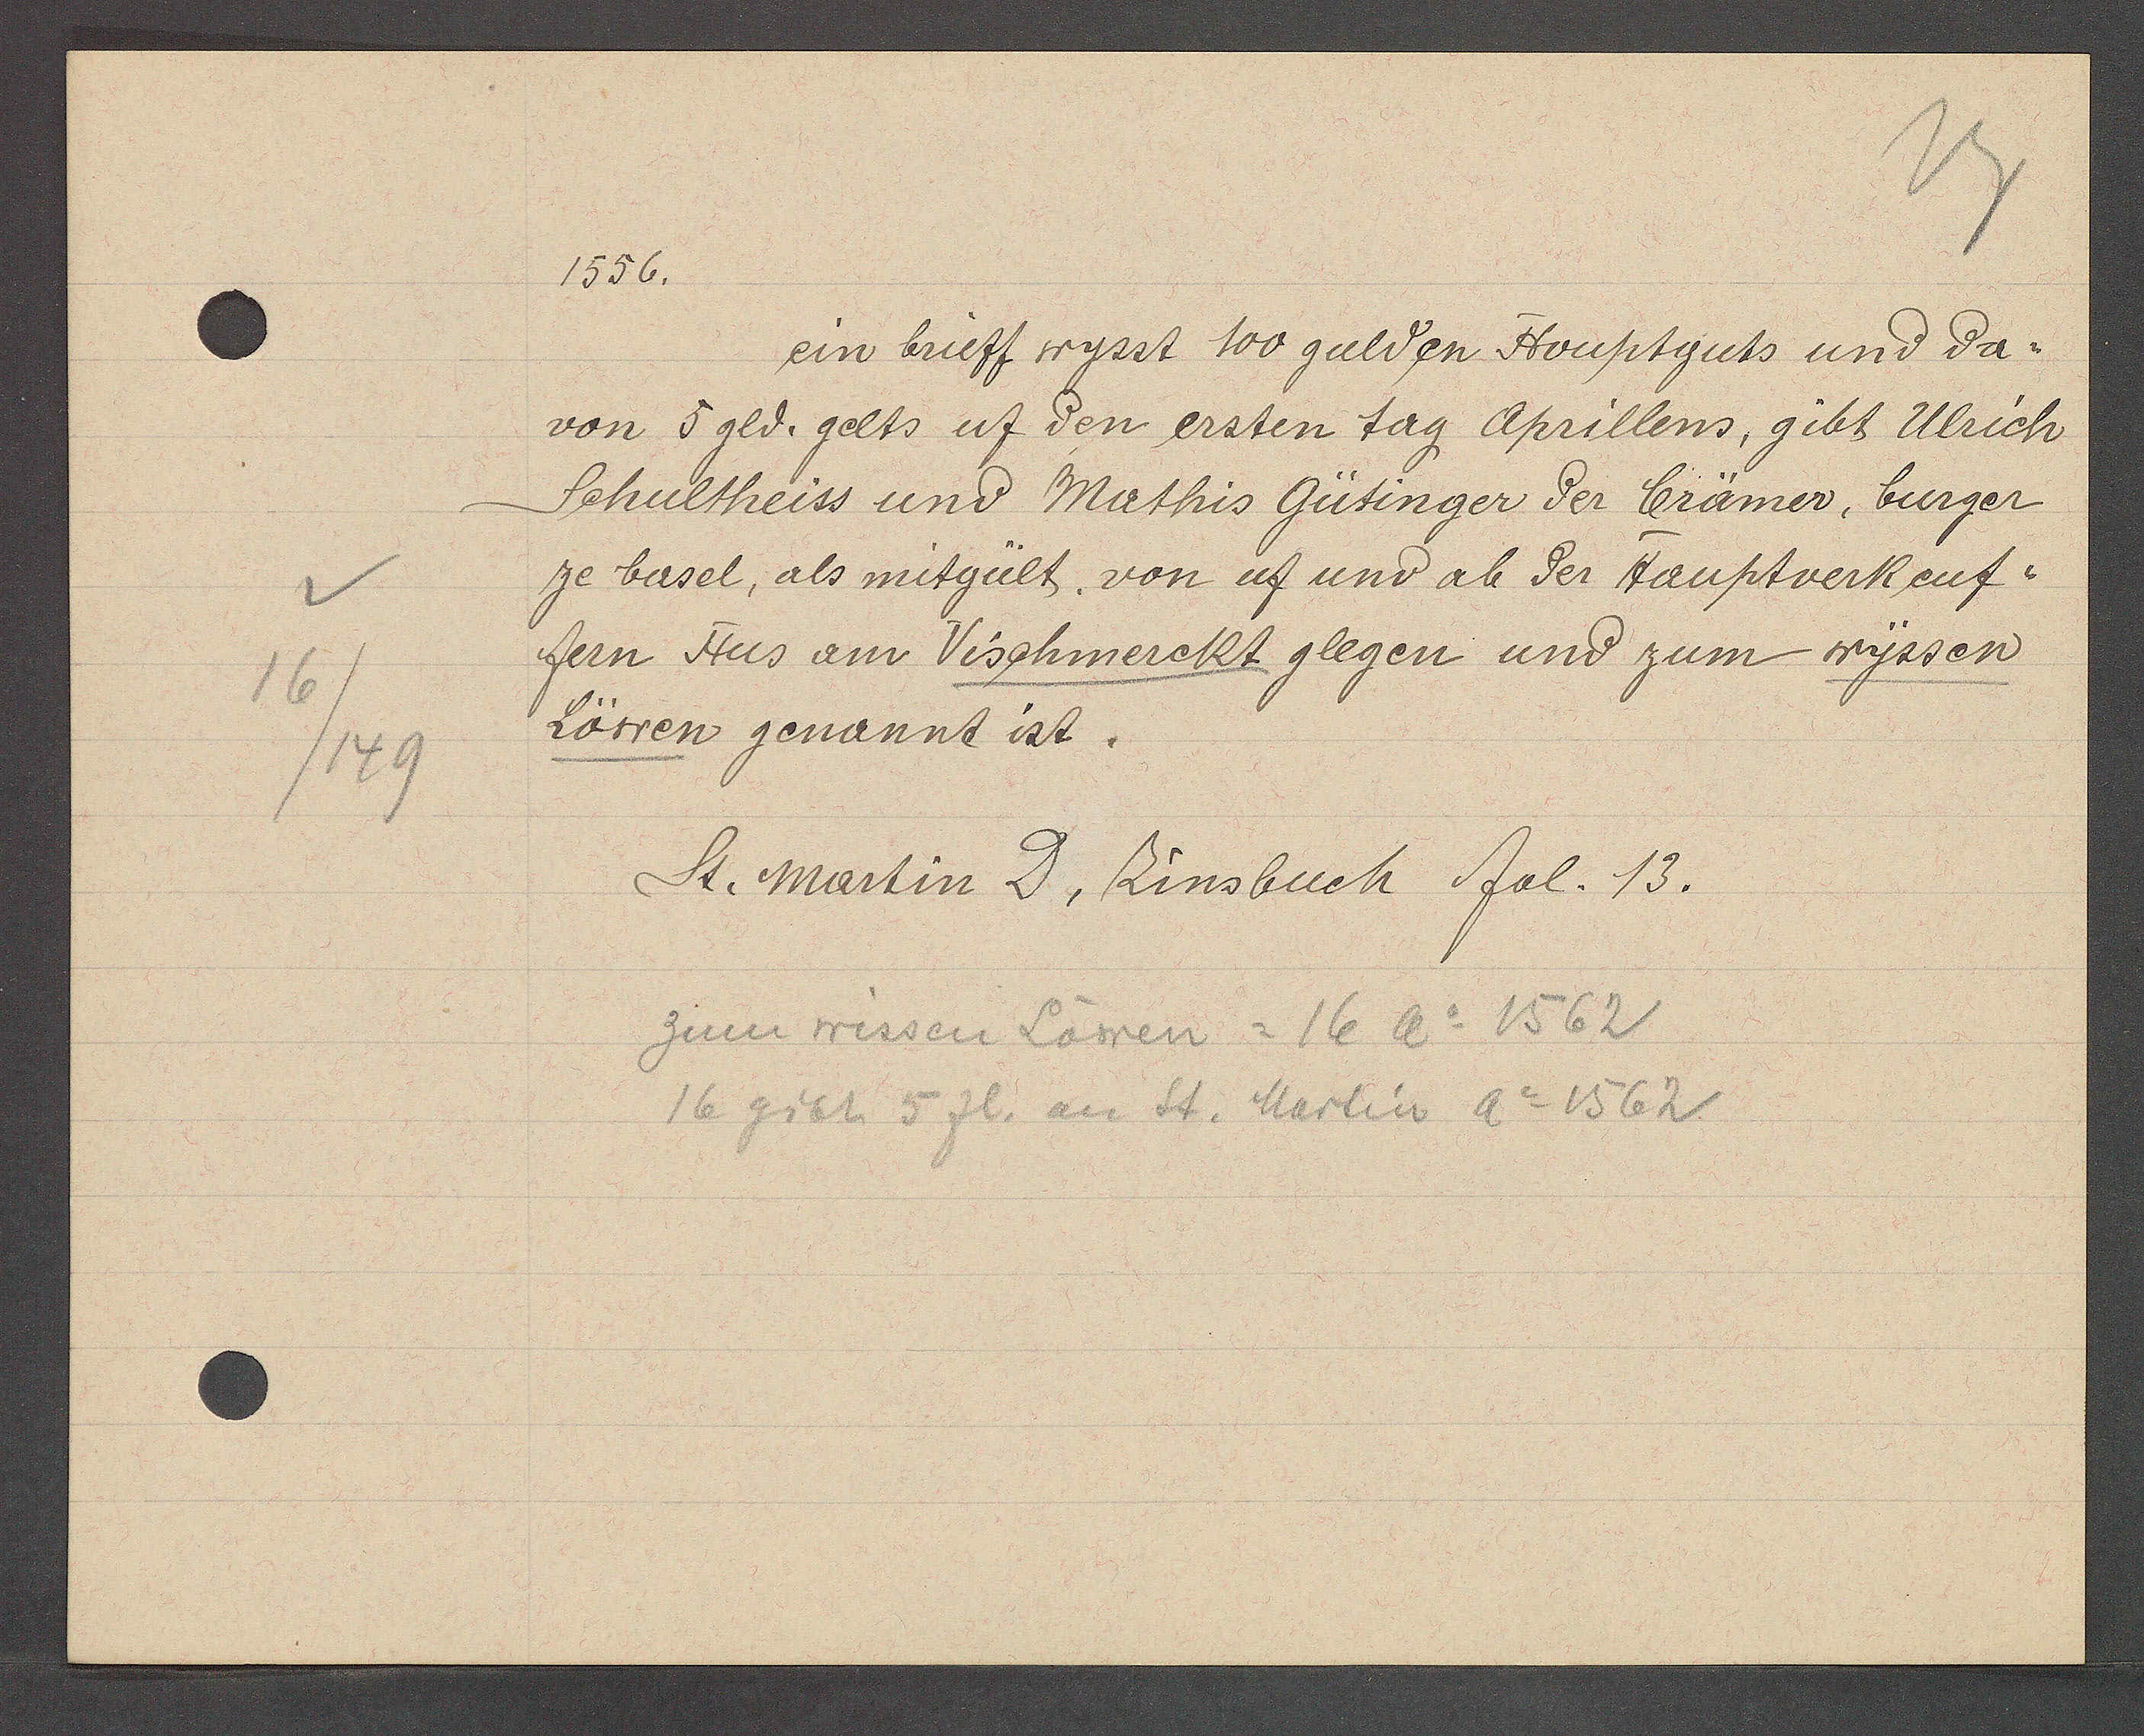
Transcript:
16
/149

1556.

ein brieff wysst 100 gulden Houptguts und da-
von 5 gld. gelts uf den ersten tag Aprillens, gibt Ulrich
Schultheiss und Mathis Gütinger der brämer, burger
ze basel, als mitgült, von uf und ab der Hauptverkeuf-
fern Hus am Vischmerckt glegen und zum wyssen
Löwen genannt ist.

St. Martin D. Zinsbuch fol. 13.

zum wissen Löwen = 16 Ao 1562
16 gibt 5 fl. an St. Martin Ao 1562